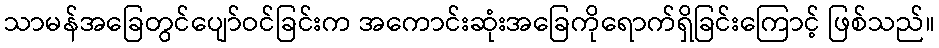
သာမန်အခြေတွင်ပျော်ဝင်ခြင်းက အကောင်းဆုံးအခြေကိုရောက်ရှိခြင်းကြောင့် ဖြစ်သည်။